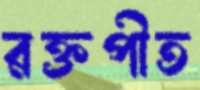
রক্তপীত